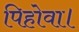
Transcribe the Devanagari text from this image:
पिहोवा।